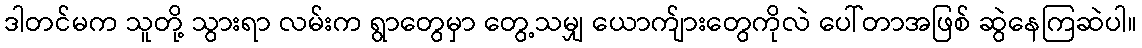
ဒါတင်မက သူတို့ သွားရာ လမ်းက ရွာတွေမှာ တွေ့သမျှ ယောက်ျားတွေကိုလဲ ပေါ်တာအဖြစ် ဆွဲနေကြဆဲပါ။